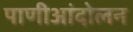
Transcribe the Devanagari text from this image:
पाणीआंदोलन